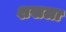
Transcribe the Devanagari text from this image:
शखला